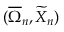
( \overline { \Omega } _ { n } , \widetilde X _ { n } )